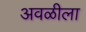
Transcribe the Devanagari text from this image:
अवळीला